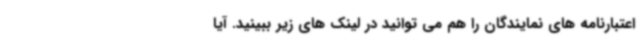
اعتبارنامه های نمایندگان را هم می توانید در لینک های زیر ببینید. آیا